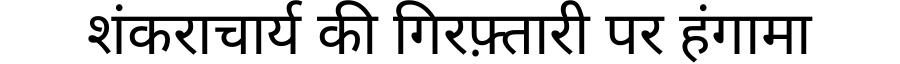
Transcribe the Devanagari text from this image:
शंकराचार्य की गिरफ़्तारी पर हंगामा